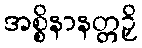
အစ္စိနာနတ္တဉှိ